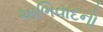
અભિવાદનો